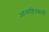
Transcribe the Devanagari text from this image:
आत्महितकारी